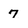
Character: 7